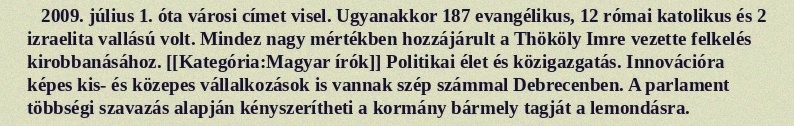
2009. július 1. óta városi címet visel. Ugyanakkor 187 evangélikus, 12 római katolikus és 2 izraelita vallású volt. Mindez nagy mértékben hozzájárult a Thököly Imre vezette felkelés kirobbanásához. [[Kategória:Magyar írók]] Politikai élet és közigazgatás. Innovációra képes kis- és közepes vállalkozások is vannak szép számmal Debrecenben. A parlament többségi szavazás alapján kényszerítheti a kormány bármely tagját a lemondásra.